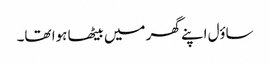
ساؤل اپنے گھر میں بیٹھا ہوا تھا۔